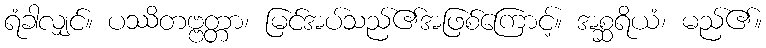
ရံခါလျှင်။ ပဿိတဗ္ဗတ္တာ၊ မြင်အပ်သည်၏အဖြစ်ကြောင့်။ အစ္ဆရိယံ၊ မည်၏။